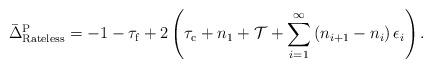
LaTeX: \begin{align*} {\bar{\Delta}^{\rm P} _{\rm Rateless}} = -1- {\tau _{\rm f}} + {2}\left( {{\tau _{\rm c}} + {n_1} + \mathcal{T} + \sum\limits_{i = 1}^{\infty} {\left( {{n_{i + 1}} - {n_i}} \right){\epsilon_i}} } \right).\end{align*}